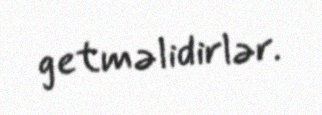
getməlidirlər.